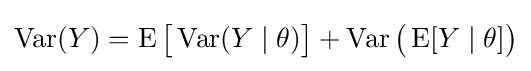
\operatorname {Var} (Y)=\operatorname {E} {\bigl [}\operatorname {Var} (Y\mid \theta ){\bigr ]}+\operatorname {Var} {\bigl (}\operatorname {E} [Y\mid \theta ]{\bigr )}